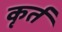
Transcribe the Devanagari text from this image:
कृर्त